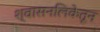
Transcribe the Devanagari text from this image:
श्वासनलिकेतून